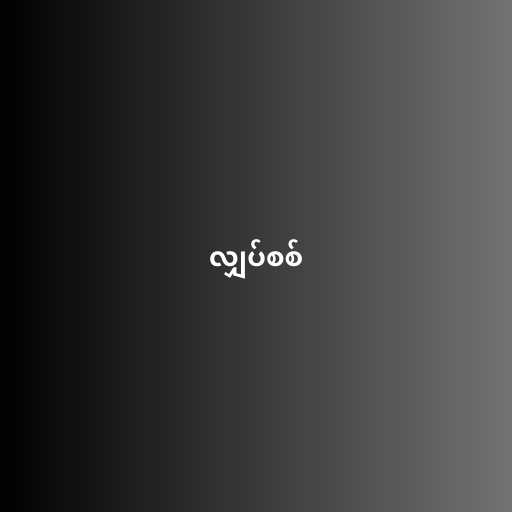
လျှပ်စစ်